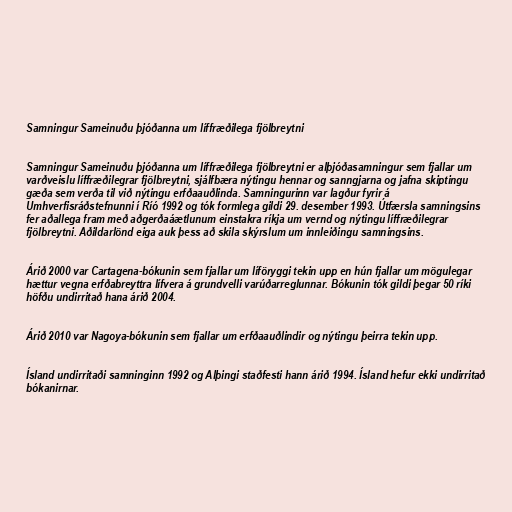
Samningur Sameinuðu þjóðanna um líffræðilega fjölbreytni

Samningur Sameinuðu þjóðanna um líffræðilega fjölbreytni er alþjóðasamningur sem fjallar um
varðveislu líffræðilegrar fjölbreytni, sjálfbæra nýtingu hennar og sanngjarna og jafna skiptingu
gæða sem verða til við nýtingu erfðaauðlinda. Samningurinn var lagður fyrir á
Umhverfisráðstefnunni í Ríó 1992 og tók formlega gildi 29. desember 1993. Útfærsla samningsins
fer aðallega fram með aðgerðaáætlunum einstakra ríkja um vernd og nýtingu líffræðilegrar
fjölbreytni. Aðildarlönd eiga auk þess að skila skýrslum um innleiðingu samningsins.

Árið 2000 var Cartagena-bókunin sem fjallar um líföryggi tekin upp en hún fjallar um mögulegar
hættur vegna erfðabreyttra lífvera á grundvelli varúðarreglunnar. Bókunin tók gildi þegar 50 ríki
höfðu undirritað hana árið 2004.

Árið 2010 var Nagoya-bókunin sem fjallar um erfðaauðlindir og nýtingu þeirra tekin upp.

Ísland undirritaði samninginn 1992 og Alþingi staðfesti hann árið 1994. Ísland hefur ekki undirritað
bókanirnar.